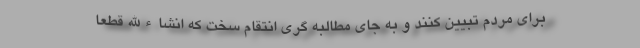
برای مردم تبیین کنند و به جای مطالبه گری انتقام سخت که انشاءالله قطعاً